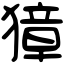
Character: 獐